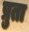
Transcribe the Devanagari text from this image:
प्रुता